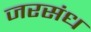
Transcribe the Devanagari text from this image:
जरसंध